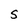
Character: S